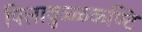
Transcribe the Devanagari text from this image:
पिलावुळ्ळकण्टि